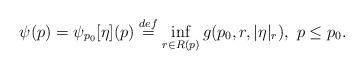
LaTeX: \begin{align*} \psi(p) = \psi_{p_0}[\eta](p) \stackrel{def}{=} \inf_{r \in R(p)} g(p_0, r, |\eta|_r), \ p \le p_0.\end{align*}